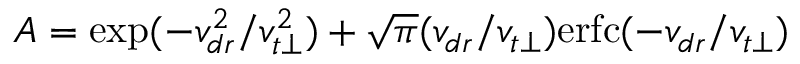
A = \exp ( - v _ { d r } ^ { 2 } / v _ { t \perp } ^ { 2 } ) + \sqrt { \pi } ( v _ { d r } / v _ { t \perp } ) \mathrm { e r f c } ( - v _ { d r } / v _ { t \perp } )